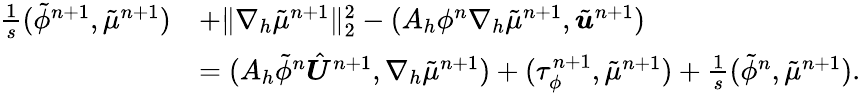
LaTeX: \begin{array}{rl}{\frac{1}{s}(\tilde{\phi}^{n+1},\tilde{\mu}^{n+1})}&{+\| \nabla_{h}\tilde{\mu}^{n+1}\| _{2}^{2}-(A_{h}\phi^{n}\nabla_{h}\tilde{\mu}^{n+1},\tilde{\boldsymbol{u}}^{n+1})}\\ &{=(A_{h}\tilde{\phi}^{n}\hat{\boldsymbol{U}}^{n+1},\nabla_{h}\tilde{\mu}^{n+1})+(\tau_{\phi}^{n+1},\tilde{\mu}^{n+1})+\frac{1}{s}(\tilde{\phi}^{n},\tilde{\mu}^{n+1}).}\end{array}